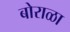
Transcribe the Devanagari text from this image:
बोराळा